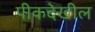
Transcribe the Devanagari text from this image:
पीकदेखील